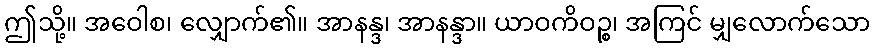
ဤသို့။ အဝေါစ၊ လျှောက်၏။ အာနန္ဒ၊ အာနန္ဒာ။ ယာဝကိဝဉ္စ၊ အကြင် မျှလောက်သော